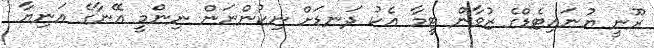
ރޫނީ ޔުނައިޓެޑްގެ ޒުވާން ޓީމާ އެކު ދަނޑަށް ނިކުންނަން ނިންމީ އޭނާގެ އަނިޔާ